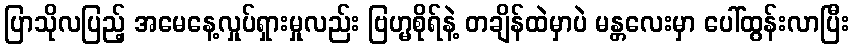
ပြာသိုလပြည့် အမေနေ့လှုပ်ရှားမှုလည်း ဗြဟ္မစိုရ်နဲ့ တချိန်ထဲမှာပဲ မန္တလေးမှာ ပေါ်ထွန်းလာပြီး